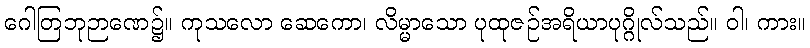
ဂေါတြဘုဉာဏေ၌။ ကုသလော ဆေကော၊ လိမ္မာသော ပုထုဇဉ်အရိယာပုဂ္ဂိုလ်သည်။ ဝါ၊ ကား။